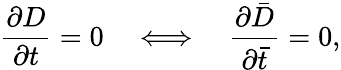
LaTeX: \frac{\partial D}{\partial t}=0\quad\Longleftrightarrow\quad\frac{\partial\bar{D}}{\partial\bar{t}}=0,